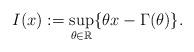
LaTeX: \begin{align*}I(x):=\sup_{\theta\in\mathbb{R}}\{\theta x-\Gamma(\theta)\}.\end{align*}